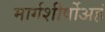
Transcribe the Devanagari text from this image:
मार्गशीर्षोअहं